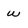
Character: w